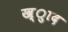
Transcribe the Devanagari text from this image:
ख़्ुाद